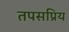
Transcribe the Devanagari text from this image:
तपसप्रिय